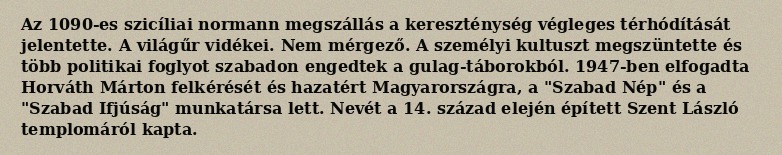
Az 1090-es szicíliai normann megszállás a kereszténység végleges térhódítását jelentette. A világűr vidékei. Nem mérgező. A személyi kultuszt megszüntette és több politikai foglyot szabadon engedtek a gulag-táborokból. 1947-ben elfogadta Horváth Márton felkérését és hazatért Magyarországra, a "Szabad Nép" és a "Szabad Ifjúság" munkatársa lett. Nevét a 14. század elején épített Szent László templomáról kapta.